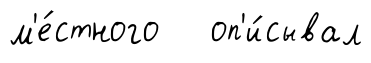
м'е́стного оп'и́сывал